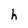
Character: h